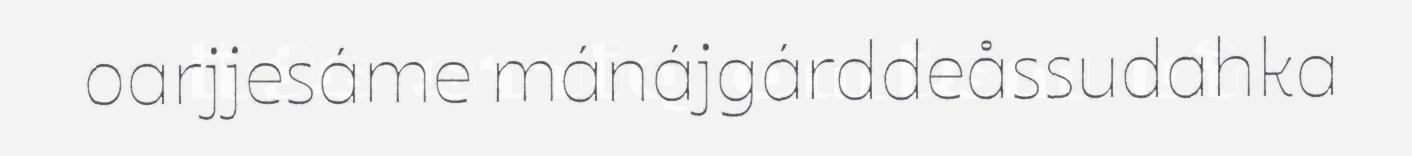
oarjjesáme mánájgárddeåssudahka